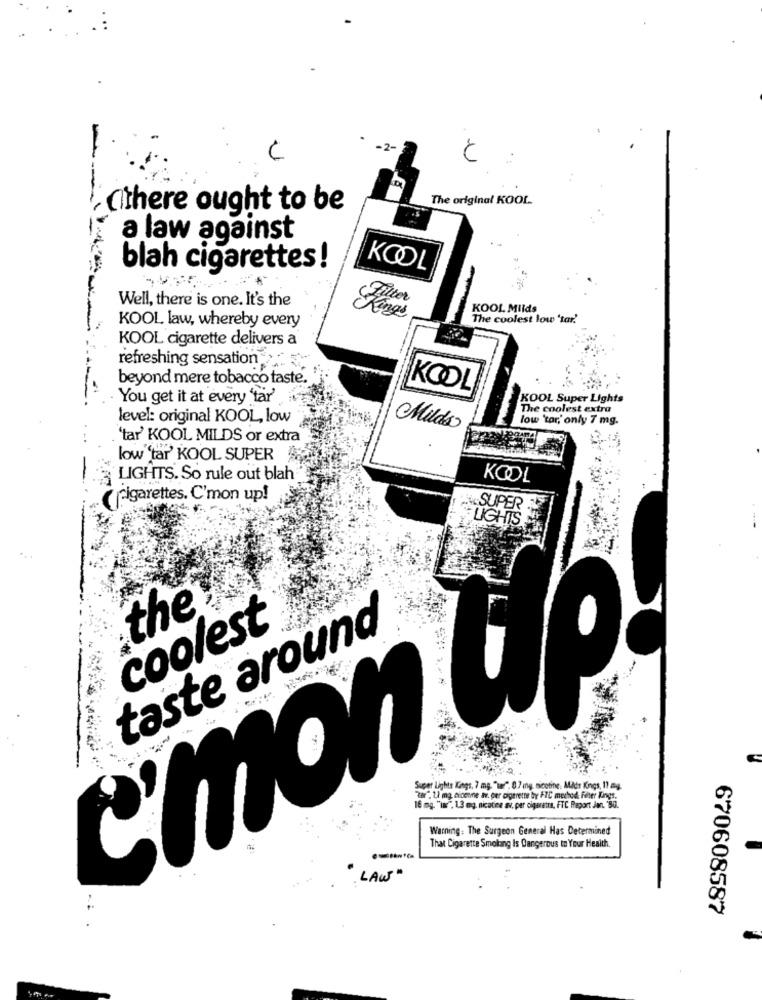
The original KOOL ..
(there ought to be
a law against
blah cigarettes!
KOOL
Well, there is one. It's the
KOOL Mlids
The coolest low 'tar.
KOOL law, whereby every
KOOL cigarette delivers a
refreshing sensation -
beyond mere tobacco taste.
KOOL
. You get it at every 'tar'
KOOL Super Lights
The coolest extra
level: original KOOL, low
low 'tor,' only 7 mg.
Milds
'tar' KOOL MIL DS or extra
low 'tar' KOOL SUPER &;
LIGHTS. So rule out blah
KOOL
( cigarettes. C'mon up!
the
taste around
coolest
c'mon up!
Super Lights Kings, 7 mg. "war". 0.7 mg. nicotine. Alts Kings, 11 mg.
"Tar", UI mg, niocine av. per cigarette by FIC method: Finer Kings.
16 mg. "in", 1.3 mg nicotina av, per cigaretta, FTC Report Jen. 80.
Warning: The Surgeon General Has Determined
That Cigarette Smoking Is Dangerous to Your Health.
LAW"
670608587